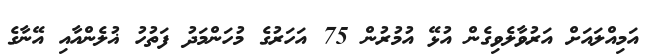
އަމިއްލައަށް އަރުވާލެވިގެން އުޅޭ އުމުރުން 75 އަހަރުގެ މުހަންމަދު ފަތުހު ޣުލެންއާއި އޭނާގެ